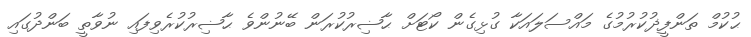
ޙުކުމް ތަންފީޛުކުރުމުގެ މައްސަލައަކާ ގުޅިގެން ކޯޓަށް ޙާޟިރުކުރަން ބޭނުންވެ ޙާޟިރުކުރެވިފައި ނުވާތީ ބަންދުގައި